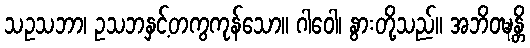
သဥသဘာ၊ ဥသဘနှင့်တကွကုန်သော။ ဂါဝေါ၊ နွားတို့သည်။ အဘိဝဍ္ဎန္တိ